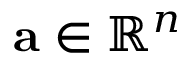
\mathbf { a } \in \mathbb { R } ^ { n }